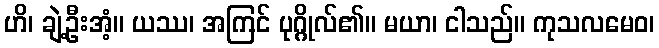
ဟိ၊ ချဲ့ဦးအံ့။ ယဿ၊ အကြင် ပုဂ္ဂိုလ်၏။ မယာ၊ ငါသည်။ ကုသလမေဝ၊